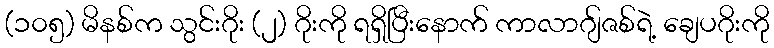
(၁၀၅) မိနစ်က သွင်းဂိုး (၂) ဂိုးကို ရရှိပြီးနောက် ကာလာဂျ်ဇစ်ရဲ့ ချေပဂိုးကို